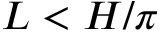
L < H / \pi